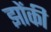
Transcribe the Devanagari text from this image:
झोंकी